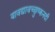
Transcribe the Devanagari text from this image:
यावद्यावच्छुष्कनदी